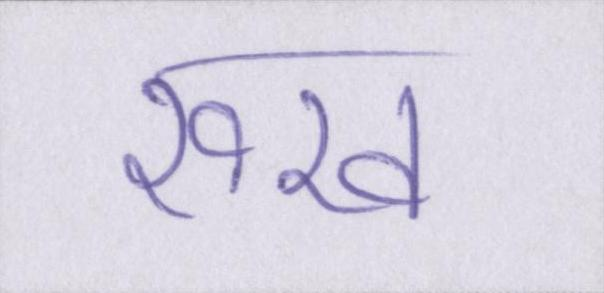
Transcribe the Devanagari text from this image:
रूख